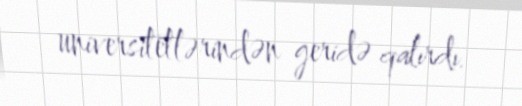
universitetlərindən geridə qalırdı.